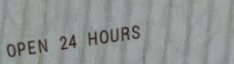
OPEN 24 HOURS